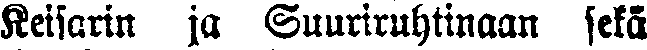
Keisarin ja Suuriruhtinaan sekä